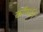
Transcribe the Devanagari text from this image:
कॉप्थॉर्न